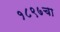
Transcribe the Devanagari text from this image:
१८९७चा